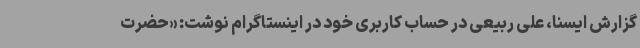
گزارش ایسنا، علی ربیعی در حساب کاربری خود در اینستاگرام نوشت: «حضرت